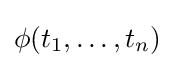
\phi (t_{1},\dots ,t_{n})